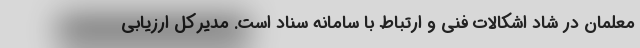
معلمان در شاد اشکالات فنی و ارتباط با سامانه سناد است. مدیرکل ارزیابی